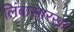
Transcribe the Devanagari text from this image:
लिंबासारखा